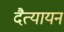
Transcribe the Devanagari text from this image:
दैत्यायन